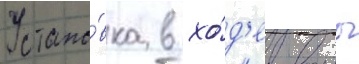
Устано́вка в хо́д'е воины